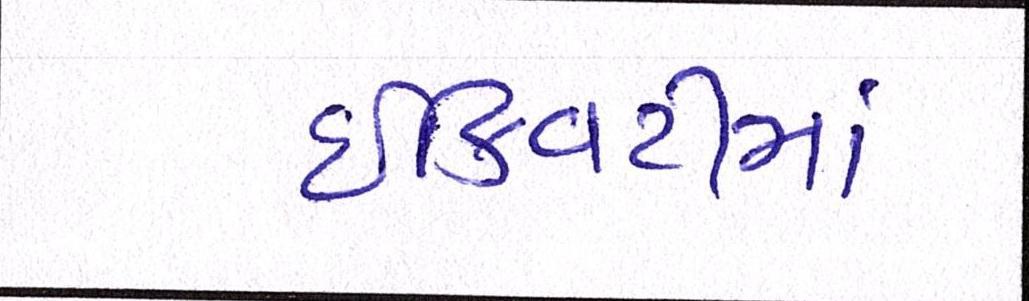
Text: ઇક્વિટીમાં